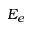
E _ { e }